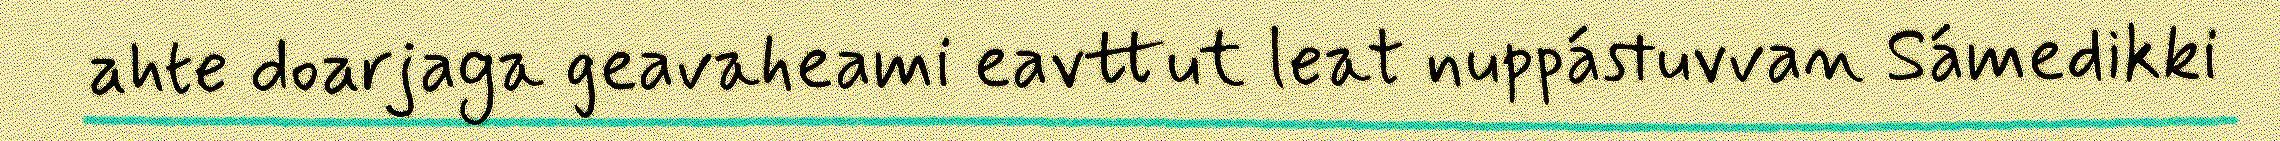
ahte doarjaga geavaheami eavttut leat nuppástuvvan Sámedikki